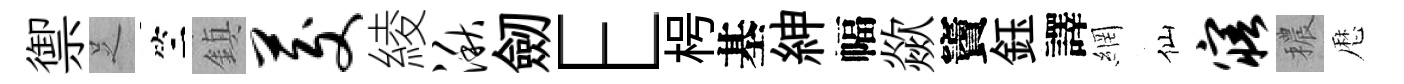
禦𠯁竺鎮茭綾湫劒E枵基紳幅歘竇鈺譯網仙寤穠厯